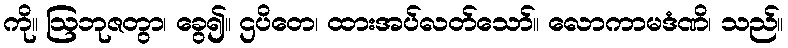
ကို။ ဩဘုဇတွာ၊ ခွေ၍။ ဌပိတေ၊ ထားအပ်လတ်သော်။ လောကာမဒံဏိ၊ သည်။